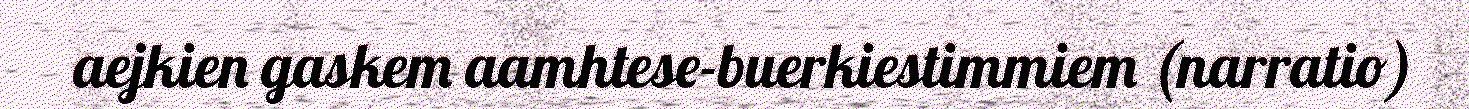
aejkien gaskem aamhtese-buerkiestimmiem (narratio)